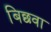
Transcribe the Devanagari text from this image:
बिछवा